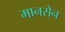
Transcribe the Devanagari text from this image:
मानसेन